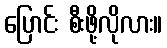
ပြောင်း စီးဖို့လိုလား။